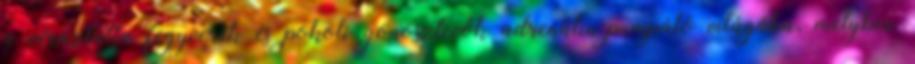
a véráztatta fegyverek és pokoli gonosztevők adrenalin-pumpáló világába, melyben